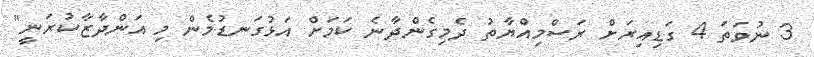
3 ނުވަތަ 4 ގަޑިއިރަށް ރަސްމިއްޔާތު ދެމިގެންދާނެ ކަމަށް އަޅުގަނޑުމެން މި އަންދާޒާކުރަނީ"